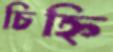
চিহ্নি